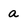
Character: a